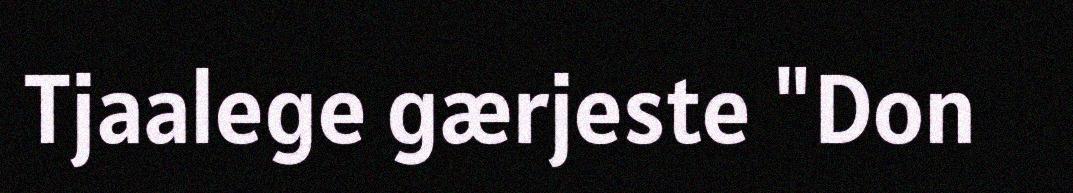
Tjaalege gærjeste "Don